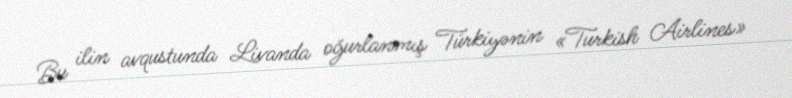
Bu ilin avqustunda Livanda oğurlanmış Türkiyənin «Turkish Airlines»